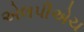
એલપીએચ